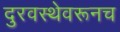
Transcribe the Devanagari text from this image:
दुरवस्थेवरूनच